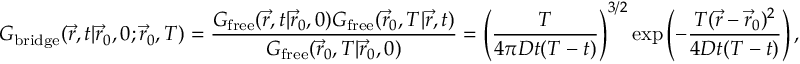
G _ { \mathrm { b r i d g e } } ( \vec { r } , t | \vec { r } _ { 0 } , 0 ; \vec { r } _ { 0 } , T ) = \frac { G _ { \mathrm { f r e e } } ( \vec { r } , t | \vec { r } _ { 0 } , 0 ) G _ { \mathrm { f r e e } } ( \vec { r } _ { 0 } , T | \vec { r } , t ) } { G _ { \mathrm { f r e e } } ( \vec { r } _ { 0 } , T | \vec { r } _ { 0 } , 0 ) } = \left( \frac { T } { 4 \pi D t ( T - t ) } \right) ^ { 3 / 2 } \exp \left( - \frac { T ( \vec { r } - \vec { r } _ { 0 } ) ^ { 2 } } { 4 D t ( T - t ) } \right) ,